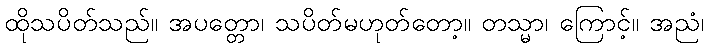
ထိုသပိတ်သည်။ အပတ္တော၊ သပိတ်မဟုတ်တော့။ တသ္မာ၊ ကြောင့်။ အညံ၊